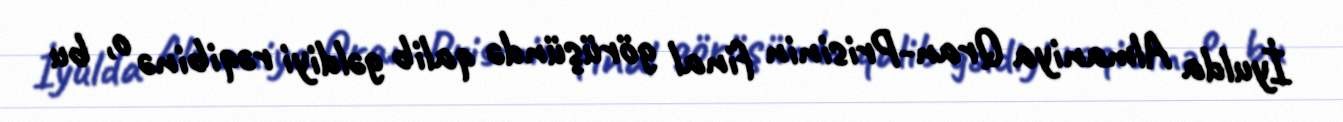
İyulda Almaniya Qran-Prisinin final görüşündə qalib gəldiyi rəqibinə o, bu